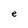
Character: e